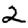
Digit: 2